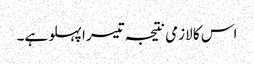
اس کا لازمی نتیجہ تیسرا پہلو ہے۔